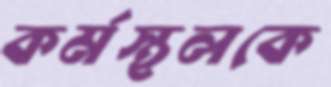
কর্মস্থলকে